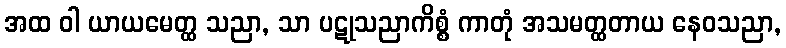
အထ ဝါ ယာယမေတ္ထ သညာ, သာ ပဋုသညာကိစ္စံ ကာတုံ အသမတ္ထတာယ နေဝသညာ,